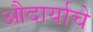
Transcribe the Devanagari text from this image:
औदार्याचे